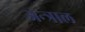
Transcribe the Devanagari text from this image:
अन्त्राल